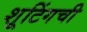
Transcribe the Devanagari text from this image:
शूटिंगची